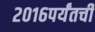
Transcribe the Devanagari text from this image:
२०१६पर्यंतची